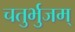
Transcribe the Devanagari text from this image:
चतुर्भुजम्